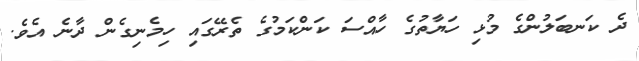
ދެ ކަނބަލުންގެ މުޅި ހަޔާތުގެ ހާއްސަ ކަންކަމުގެ ތެރޭގައި ހިމެނިގެން ދާނެ އެވެ.